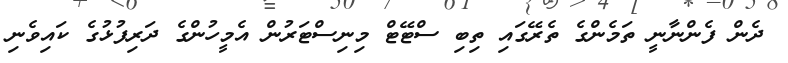
ދެން ފެންނާނީ ތަމެންގެ ތެރޭގައި ތިބި ސްޓޭޓް މިނިސްޓަރުން އެމީހުންގެ ދަރިފުޅުގެ ކައިވެނި